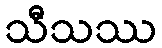
သီသဿ